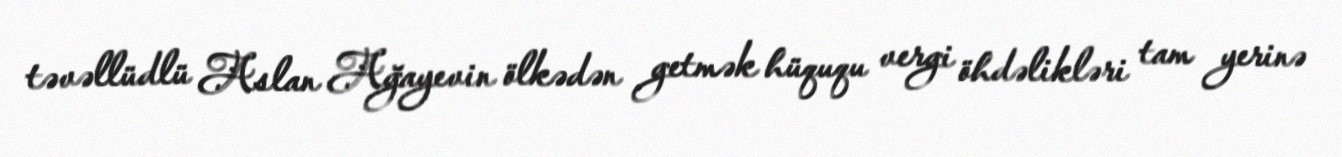
təvəllüdlü Aslan Ağayevin ölkədən getmək hüququ vergi öhdəlikləri tam yerinə